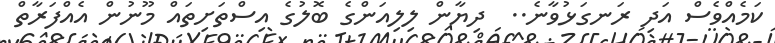
ކަމެއްވެސް އަދި ރަނގަޅުވާނެ..  ދިޔާން ލިލިއަންގެ ބޮލުގެ އިސްތަށިތައް މޫނުން އެއްފަރާތް